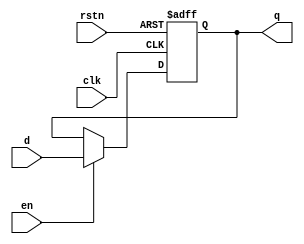
module dfflr #(
    parameter DATA_WIDTH = 16
)(
    input wire clk,
    input wire rstn,
    input wire en,
    input wire [DATA_WIDTH-1 : 0] d,

    output wire [DATA_WIDTH-1 : 0] q
);

reg [DATA_WIDTH-1 : 0] q_r;
assign q = q_r;

always @(posedge clk or negedge rstn) begin
    if(rstn == 1'b0) begin
        q_r <= {DATA_WIDTH{1'b0}};
    end
    else if (en == 1'b1) begin
        q_r <= d;
    end
    else begin
        q_r <= q;
    end
end

endmodule